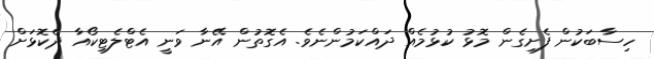
ހިސާބަކުން ފެށިގެން މޮޅު ކުޅުމެއް ދައްކަމުންނެވެ. އެގޮތުން އޭނާ ވަނީ އެޓްލެޓިކޯއާ ދެކޮޅަށް